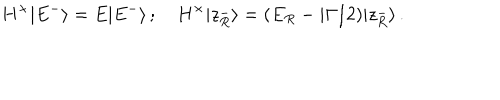
LaTeX: H ^ { \times } | E ^ { - } \rangle = E | E ^ { - } \rangle \, ; \quad H ^ { \times } | z _ { R } ^ { - } \rangle = ( E _ { R } - i \Gamma / 2 ) | z _ { R } ^ { - } \rangle \, .